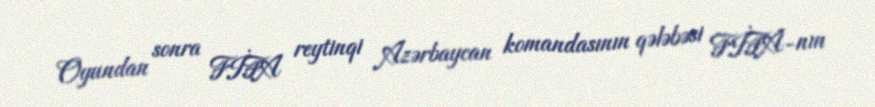
Oyundan sonra FİFA reytinqi Azərbaycan komandasının qələbəsi FİFA-nın